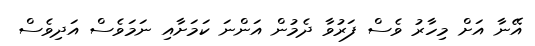
އޭނާ އަށް މިހާރު ވެސް ފަރުވާ ދެމުން އަންނަ ކަމަށާއި ނަމަވެސް އަދިވެސް